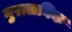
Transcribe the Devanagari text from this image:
गुरालनिक